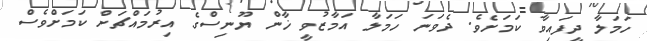
ހަމަލާ ދީފައިވާ ކަމަށެވެ. ދެވަނަ ހަމަލާ އަމާޒުވީ ޚާން ޔޫނިސްގެ އިރުމައްޗަށް ކަމަށްވެސް